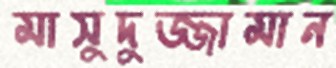
মাসুদুজ্জামান